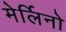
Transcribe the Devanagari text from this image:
मेर्लिनो